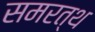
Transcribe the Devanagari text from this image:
समरत्थ